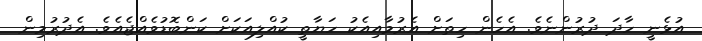
އުޅެނީ ހާދަ ދުރުންނެވެ. އެހެން ހިތަށް އެރުމާއިއެކު ހަޔާތީ ކުއްލިއަކަށް ކަންބޮޑުވެއްޖެއެވެ. އެދުރުމިން